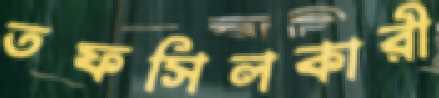
তফসিলকারী